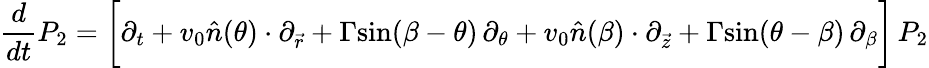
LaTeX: {\frac{d}{dt}}P_{2}=\bigg[\partial_{t}+v_{0}\hat{n}(\theta)\cdot\partial_{\vec{r}}+\Gamma\mathrm{sin}(\beta-\theta)\, \partial_{\theta}+v_{0}\hat{n}(\beta)\cdot\partial_{\vec{z}}+\Gamma\mathrm{sin}(\theta-\beta)\, \partial_{\beta}\bigg]\, P_{2}